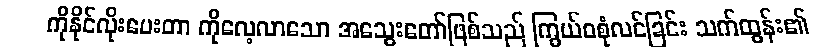
ကိုနိုင်လိုးပေးတာ ကိုလေ့လာသော အသွေးတော်ဖြစ်သည် ကြွယ်ဝစုံလင်ခြင်း သက်ထွန်း၏